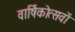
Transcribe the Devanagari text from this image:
वार्षिकोत्सवों